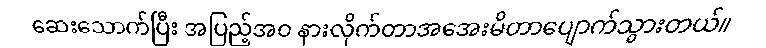
ဆေးသောက်ပြီး အပြည့်အဝ နားလိုက်တာအအေးမိတာပျောက်သွားတယ်။